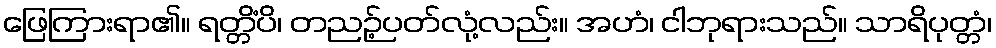
ဖြေကြားရာ၏။ ရတ္တိံပိ၊ တညဉ့်ပတ်လုံ့လည်း။ အဟံ၊ ငါဘုရားသည်။ သာရိပုတ္တံ၊